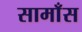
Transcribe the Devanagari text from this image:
सामाँस